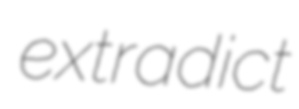
extradict